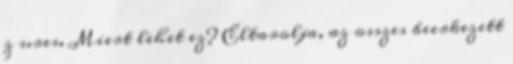
z ures. Miert lehet ez? Eltarolja, az osszes beerkezett